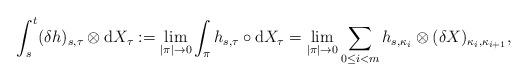
LaTeX: \begin{align*}\int_{s}^t (\delta h)_{s,\tau}\otimes\mathrm{d}X_{\tau}:=\lim_{|\pi|\rightarrow 0}\int_{\pi}h_{s,\tau}\circ\mathrm{d}X_{\tau}=\lim_{|\pi|\rightarrow 0}\sum_{0\leq i<m}h_{s,\kappa_i}\otimes (\delta X)_{\kappa_i,\kappa_{i+1}},\end{align*}